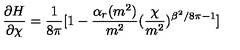
\frac { \partial H } { \partial \chi } = \frac { 1 } { 8 \pi } [ 1 - \frac { \alpha _ { r } ( m ^ { 2 } ) } { m ^ { 2 } } ( \frac { \chi } { m ^ { 2 } } ) ^ { \beta ^ { 2 } / 8 \pi - 1 } ]